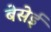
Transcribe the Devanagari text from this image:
बेसेई